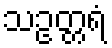
သဥတ္တရံ